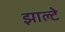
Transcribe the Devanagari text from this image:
झाल्टे